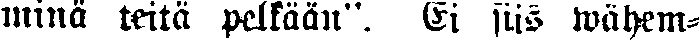
minä teitä pelkään". Ei siis wähem-